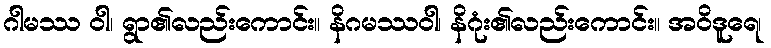
ဂါမဿ ဝါ၊ ရွာ၏လည်းကောင်း။ နိဂမဿဝါ၊ နိဂုံး၏လည်းကောင်း။ အဝိဒူရေ၊